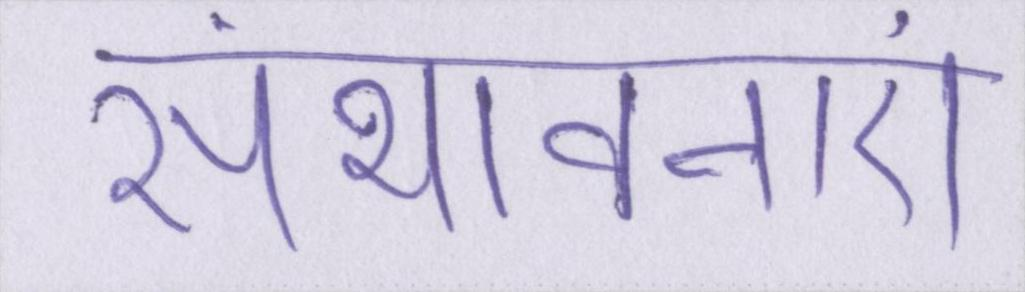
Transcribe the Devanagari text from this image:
संभावनाएं